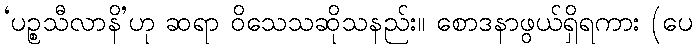
‘ပဉ္စသီလာနိ’ဟု ဆရာ ဝိသေသဆိုသနည်း။ စောဒနာဖွယ်ရှိရကား (ပေ